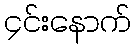
၄င်းနောက်